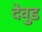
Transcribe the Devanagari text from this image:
देवुड